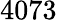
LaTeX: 4073